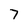
Character: 7